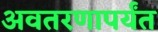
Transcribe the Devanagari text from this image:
अवतरणापर्यंत